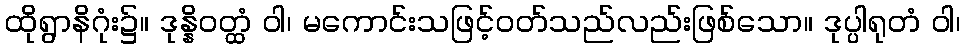
ထိုရွာနိဂုံး၌။ ဒုန္နိဝတ္ထံ ဝါ၊ မကောင်းသဖြင့်ဝတ်သည်လည်းဖြစ်သော။ ဒုပ္ပါရုတံ ဝါ၊